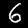
Digit: 6